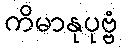
ကိမာနုပုဗ္ဗံ